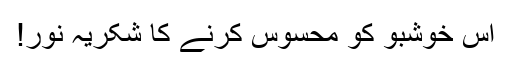
اس خوشبو کو محسوس کرنے کا شکریہ نور!